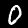
Digit: 0